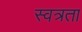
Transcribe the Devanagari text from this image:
स्वत्रता